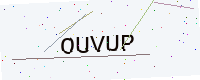
Text: OUVUP